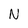
Character: N